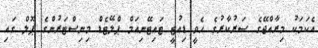
އެކަމަކު މިރާއްޖޭގެ ސަރުކާރުގެ ހެވީ ޑިއުޓީ ޓައިޓޭނިއަމް ޕްލޭޓެޑް މިނިސްޓަރުންގެ ޕޫލް ގައި